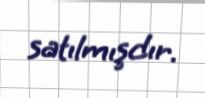
satılmışdır.